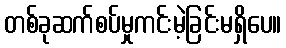
တစ်ခုဆက်စပ်မှုကင်းမဲ့ခြင်းမရှိပေ။